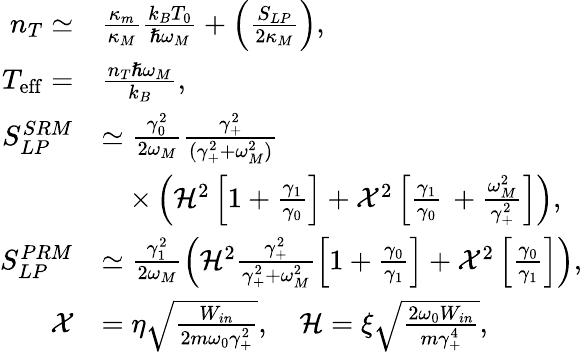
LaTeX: \begin{array}{rl}{n_{T}\simeq}&{\frac{\kappa_{m}}{\kappa_{M}}\frac{k_{B}T_{0}}{\hslash\omega_{M}}+\left(\frac{S_{LP}}{2\kappa_{M}}\right),}\\ {T_{\mathrm{eff}}=}&{\frac{n_{T}\hslash\omega_{M}}{k_{B}},}\\ {S_{LP}^{SRM}}&{\simeq\frac{\gamma_{0}^{2}}{2\omega_{M}}\frac{\gamma_{+}^{2}}{(\gamma_{+}^{2}+\omega_{M}^{2})}}\\ &{\quad\times\left(\mathcal{H}^{2}\left[1+\frac{\gamma_{1}}{\gamma_{0}}\right]+\mathcal{X}^{2}\left[\frac{\gamma_{1}}{\gamma_{0}}\, +\frac{\omega_{M}^{2}}{\gamma_{+}^{2}}\right]\right),}\\ {S_{LP}^{PRM}}&{\simeq\frac{\gamma_{1}^{2}}{2\omega_{M}}\left(\mathcal{H}^{2}\frac{\gamma_{+}^{2}}{\gamma_{+}^{2}+\omega_{M}^{2}}\left[1+\frac{\gamma_{0}}{\gamma_{1}}\right]+\mathcal{X}^{2}\left[\frac{\gamma_{0}}{\gamma_{1}}\right]\right),}\\ {\mathcal{X}}&{=\eta\sqrt\frac{W_{in}}{2m\omega_{0}\gamma_{+}^{2}},\quad\mathcal{H}=\xi\sqrt\frac{2\omega_{0}W_{in}}{m\gamma_{+}^{4}},}\end{array}